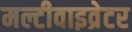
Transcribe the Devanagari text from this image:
मल्टीवाइव्रेटर